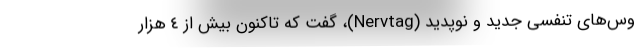
وس‌های تنفسی جدید و نوپدید (Nervtag)، گفت که تاکنون بیش از ٤ هزار